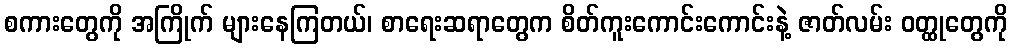
စကားတွေကို အကြိုက် များနေကြတယ်၊ စာရေးဆရာတွေက စိတ်ကူးကောင်းကောင်းနဲ့ ဇာတ်လမ်း ဝတ္ထုတွေကို